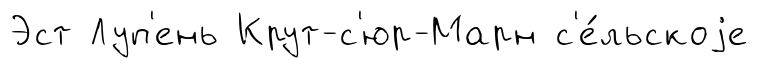
Эст Луп'ень Крут-с'юр-Марн с'е́льскоjе